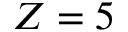
Z = 5